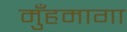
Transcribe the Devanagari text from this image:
मुँहमागा